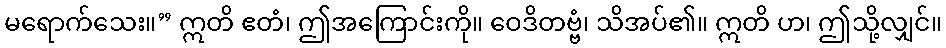
မရောက်သေး။” ဣတိ ဧတံ၊ ဤအကြောင်းကို။ ဝေဒိတဗ္ဗံ၊ သိအပ်၏။ ဣတိ ဟ၊ ဤသို့လျှင်။